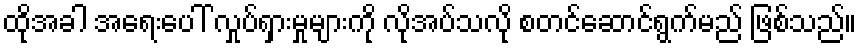
ထိုအခါ အရေးပေါ် လှုပ်ရှားမှုများကို လိုအပ်သလို စတင်ဆောင်ရွက်မည် ဖြစ်သည်။